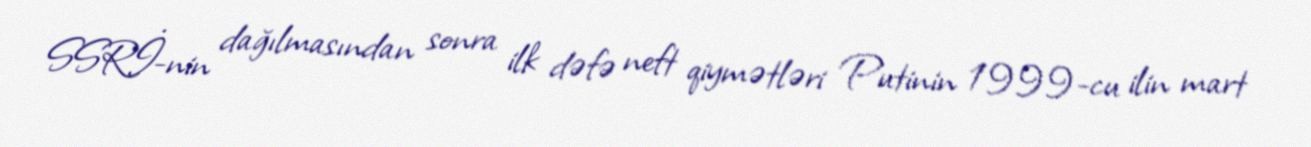
SSRİ-nin dağılmasından sonra ilk dəfə neft qiymətləri Putinin 1999-cu ilin mart